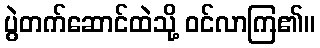
ပွဲတက်ဆောင်ထဲသို့ ဝင်လာကြ၏။